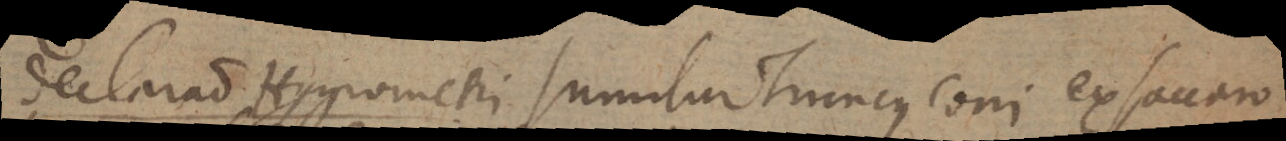
declaratio Hygrometri. Sumitur Truncus coni ex saccaro,